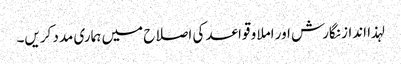
لہذا انداز نگارش اور املا و قواعد کی اصلاح میں ہماری مدد کریں۔